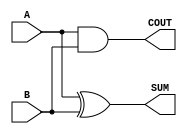
module Parameterized_Half_Adder #(
    parameter WIDTH = 1  // Default value for WIDTH is 1
)(
    input  [WIDTH-1:0] A,  // First operand
    input  [WIDTH-1:0] B,  // Second operand
    output [WIDTH-1:0] SUM, // Sum output
    output COUT             // Carry-out output
);

    // Generate the SUM output as the bitwise XOR of A and B
    assign SUM = A ^ B;

    // Generate the COUT output as the bitwise AND of A and B
    assign COUT = |(A & B); // COUT is 1 if any bit position generates a carry

endmodule